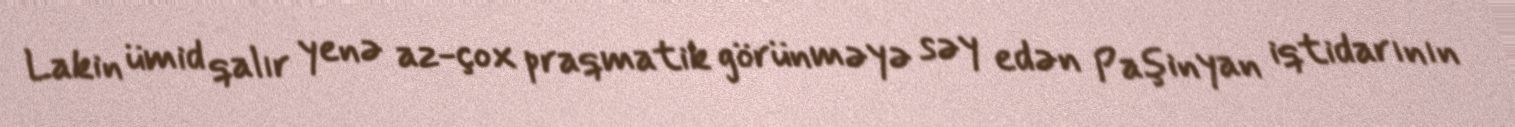
Lakin ümid qalır yenə az-çox praqmatik görünməyə səy edən Paşinyan iqtidarının